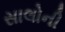
સાલોની